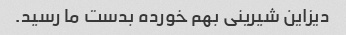
دیزاین شیرینی بهم خورده بدست ما رسید.